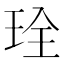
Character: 㻇